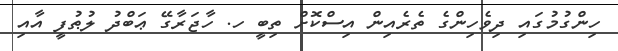
ހިންގުމުގައި ދިވެހިންގެ ތެރެއިން އިސްކޮށް ތިބީ ހ. ހާޖަރާގޭ ޢަބްދު ލުޠުފީ އާއި